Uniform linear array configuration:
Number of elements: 32
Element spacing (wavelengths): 0.5
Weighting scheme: hamming
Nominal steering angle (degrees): -30
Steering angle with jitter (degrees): -29.025
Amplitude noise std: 0.05
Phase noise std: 0.05

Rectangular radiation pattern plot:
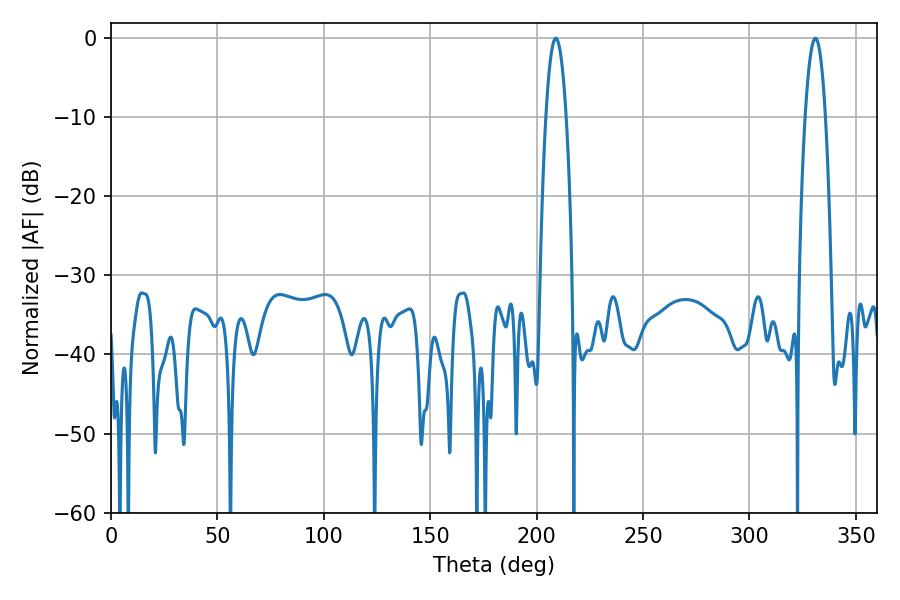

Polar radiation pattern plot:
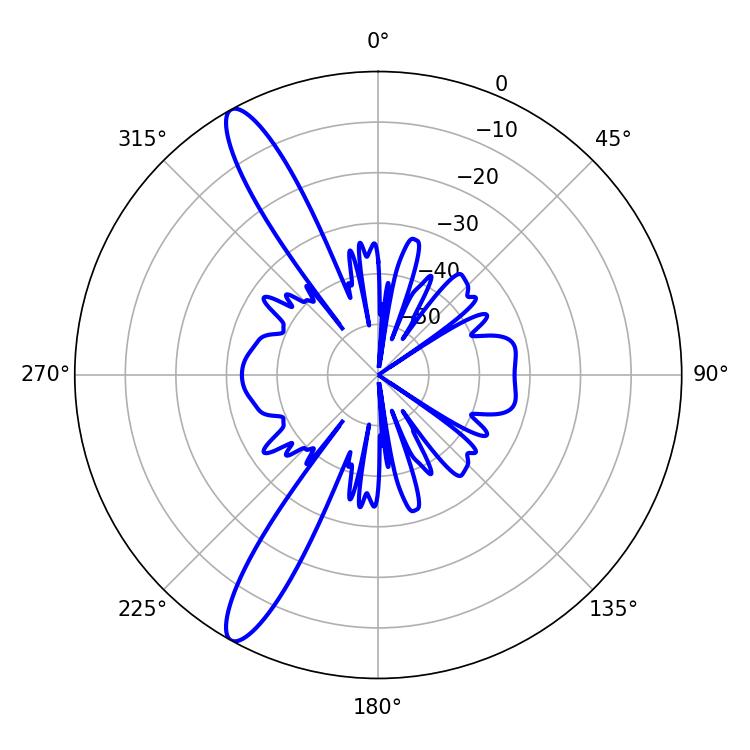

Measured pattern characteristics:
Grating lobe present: FALSE
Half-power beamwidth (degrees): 5.22
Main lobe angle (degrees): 208.98